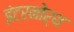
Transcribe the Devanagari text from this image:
इंटरनोर्थ